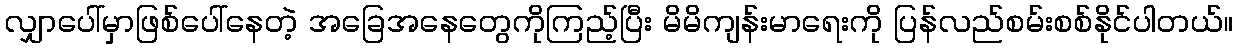
လျှာပေါ်မှာဖြစ်ပေါ်နေတဲ့ အခြေအနေတွေကိုကြည့်ပြီး မိမိကျန်းမာရေးကို ပြန်လည်စမ်းစစ်နိုင်ပါတယ်။